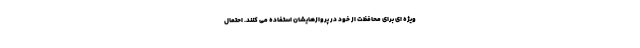
ویژه ای برای محافظت از خود در پروازهایشان استفاده می کنند. احتمال